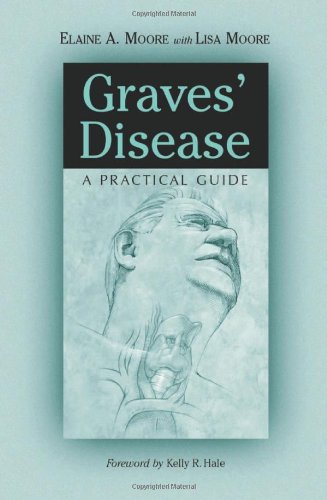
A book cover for Graves' Disease: A Practical Guide; Elaine A. Moore; Health, Fitness & Dieting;